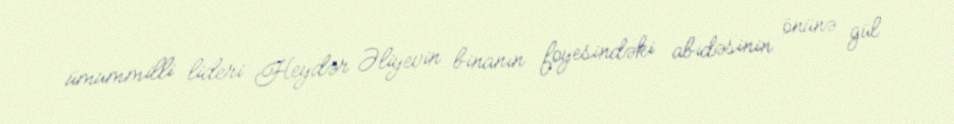
ümummilli lideri Heydər Əliyevin binanın foyesindəki abidəsinin önünə gül